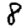
Digit: 8